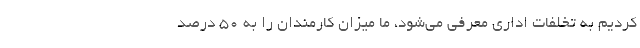
کردیم به تخلفات اداری معرفی می‌شود، ما میزان کارمندان را به ۵۰ درصد